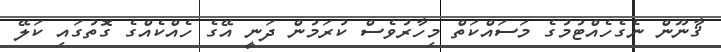
ޤާނޫން ނެގެހެއްޓުމުގެ މަސައްކަތް މިހާރުވެސް ކުރަމުން ދަނީ އޭގެ ހެއްކެއްގެ ގޮތުގައި ކަލޭ